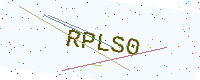
Text: RPLS0